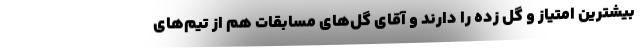
بیشترین امتیاز و گل زده را دارند و آقای گل‌های مسابقات هم از تیم‌های